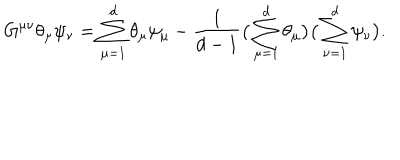
LaTeX: G ^ { \mu \nu } \theta _ { \mu } \psi _ { \nu } = \sum _ { \mu = 1 } ^ { d } \theta _ { \mu } \psi _ { \mu } - \frac { 1 } { d - 1 } \big ( \sum _ { \mu = 1 } ^ { d } \theta _ { \mu } \big ) \big ( \sum _ { \nu = 1 } ^ { d } \psi _ { \nu } \big ) .